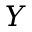
Y